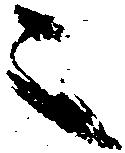
ニ